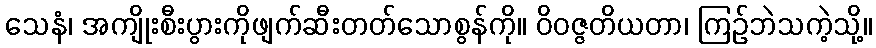
သေနံ၊ အကျိုးစီးပွားကိုဖျက်ဆီးတတ်သောစွန်ကို။ ဝိဝဇ္ဇတိယတာ၊ ကြဉ်ဘဲသကဲ့သို့။